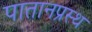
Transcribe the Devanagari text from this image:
पातानप्रस्थ